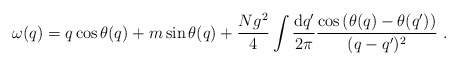
\begin{align*}\omega(q) = q \cos \theta(q) + m \sin \theta(q)+\frac{Ng^2}{4} \int \frac{{\rm d}q'}{2\pi} \frac{\cos \left( \theta(q)-\theta(q') \right)}{(q-q')^2}\ .\end{align*}